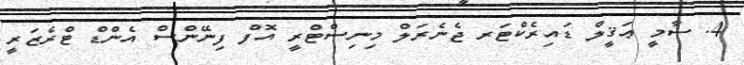
4. ސާމީ ޢަޤީލް ޑައިރެކްޓަރ ޖެނެރަލް މިނިސްޓްރީ އޮފް ފިނޭންސް އެންޑް ޓްރެޒަރީ